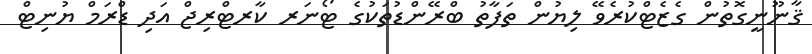
ޤާނޫނީގޮތުން ގެޒެޓްކުރެވޭ ލިޔުން ތަފާތު ބްރޭންޑުތަކުގެ ޓޯނަރ ކާރޓްރިޖް އަދި ޑްރަމް ޔުނިޓް